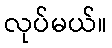
လုပ်မယ်။